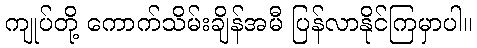
ကျုပ်တို့ ကောက်သိမ်းချိန်အမီ ပြန်လာနိုင်ကြမှာပါ။